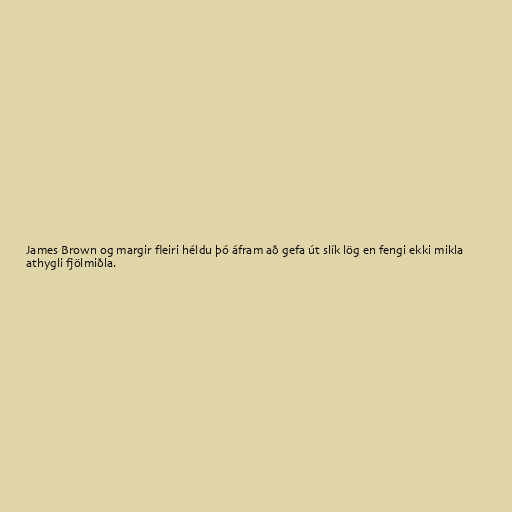
James Brown og margir fleiri héldu þó áfram að gefa út slík lög en fengi ekki mikla
athygli fjölmiðla.